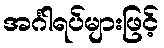
အင်္ဂါရပ်များဖြင့်